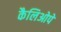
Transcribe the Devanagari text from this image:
कैलिओपे